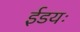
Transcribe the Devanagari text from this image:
ईडयः